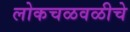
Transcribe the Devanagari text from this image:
लोकचळवळीचे